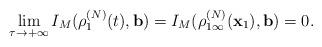
LaTeX: \begin{align*}\lim_{\tau \rightarrow +\infty }I_{M}(\rho _{1}^{(N)}(t),\mathbf{b})=I_{M}(\rho _{1\infty }^{(N)}(\mathbf{x}_{1}),\mathbf{b})=0.\end{align*}